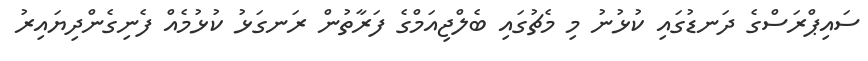
ސައިޕްރަސްގެ ދަނޑުގައި ކުޅުނު މި މެޗުގައި ބެލްޖިއަމްގެ ފަރާތުން ރަނގަޅު ކުޅުމެއް ފެނިގެންދިޔައިރު